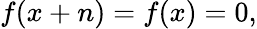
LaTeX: f(x+n)=f(x)=0,